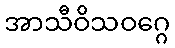
အာသီဝိသဝဂ္ဂေ